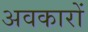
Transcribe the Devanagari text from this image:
अवकारों